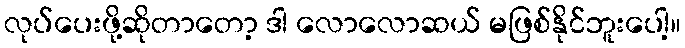
လုပ်ပေးဖို့ဆိုတာတော့ ဒါ လောလောဆယ် မဖြစ်နိုင်ဘူးပေါ့။